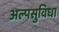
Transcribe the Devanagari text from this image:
अल्पसुविधा